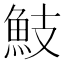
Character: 𩵾